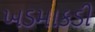
ખડમાકડી